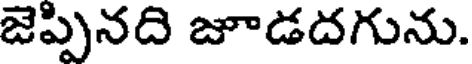
జెప్పినది జూడదగును.